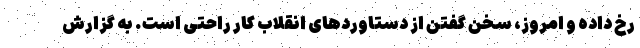
رخ داده و امروز، سخن گفتن از دستاوردهای انقلاب کار راحتی است. به گزارش